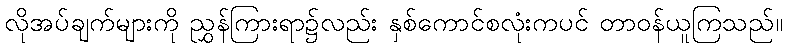
လိုအပ်ချက်များကို ညွှန်ကြားရာ၌လည်း နှစ်ကောင်စလုံးကပင် တာဝန်ယူကြသည်။